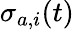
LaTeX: \sigma_{a,i}(t)